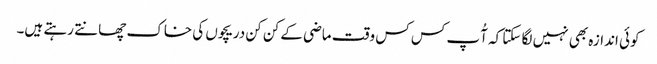
کوئی اندازہ بھی نہیں لگا سکتا کہ آُپ کس کس وقت ماضی کے کن کن دریچوں کی خاک چھانتے رہتے ہیں۔